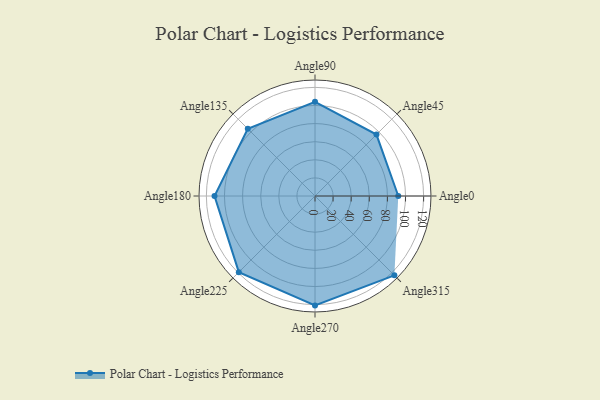
{"axis": {"x": "Angle", "y": "Radius"}, "legend": [""], "data": [{"x": "Angle0", "y": 92.0, "type": ""}, {"x": "Angle45", "y": 96.0, "type": ""}, {"x": "Angle90", "y": 104.0, "type": ""}, {"x": "Angle135", "y": 105.0, "type": ""}, {"x": "Angle180", "y": 111.0, "type": ""}, {"x": "Angle225", "y": 119.0, "type": ""}, {"x": "Angle270", "y": 121.0, "type": ""}, {"x": "Angle315", "y": 124.0, "type": ""}]}